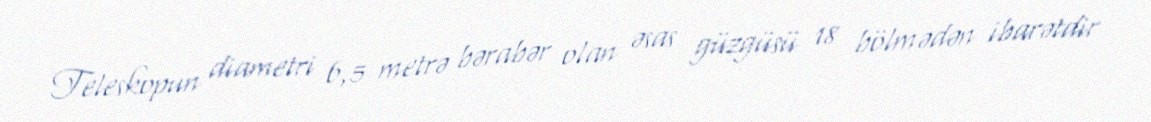
Teleskopun diametri 6,5 metrə bərabər olan əsas güzgüsü 18 bölmədən ibarətdir